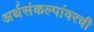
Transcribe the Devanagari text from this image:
अर्थसंकल्पांवरची